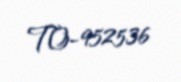
TO-952536